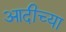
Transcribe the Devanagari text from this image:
आदीच्या